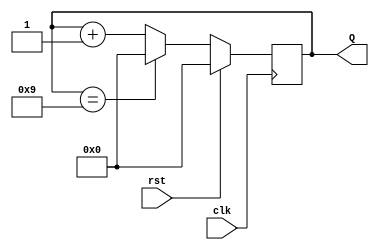
module decade_counter (
    input wire clk,        // Clock signal
    input wire rst,        // Reset signal
    output reg [3:0] Q     // 4-bit output representing the current count
);

    // Sequential logic
    always @(posedge clk) begin
        if (rst) begin
            Q <= 4'b0000;  // Reset the counter to 0
        end else begin
            if (Q == 4'b1001) begin
                Q <= 4'b0000;  // Reset the counter to 0 when it reaches 10 (binary 1010)
            end else begin
                Q <= Q + 1;   // Increment the counter
            end
        end
    end

endmodule